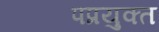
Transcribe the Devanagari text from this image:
पप्रयुक्त